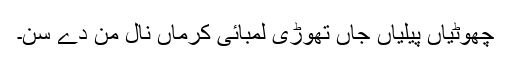
چھوٹیاں پیلیاں جاں تھوڑی لمبائی کرماں نال مِن دے سن۔